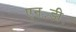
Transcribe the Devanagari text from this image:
एन॰डी॰